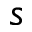
s